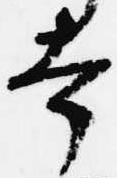
幸